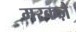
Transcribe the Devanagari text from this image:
मरकज़े